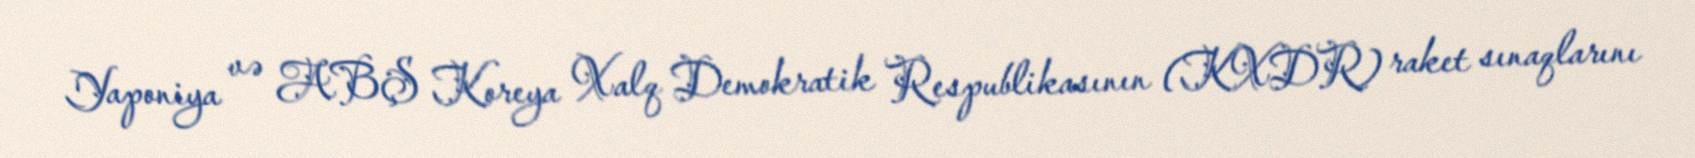
Yaponiya və ABŞ Koreya Xalq Demokratik Respublikasının (KXDR) raket sınaqlarını